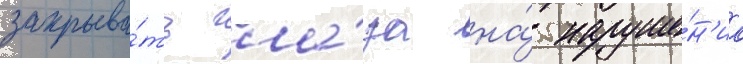
закрыва́ть гла́за на́ наруше́н'иа